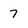
Character: 7